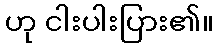
ဟု ငါးပါးပြား၏။